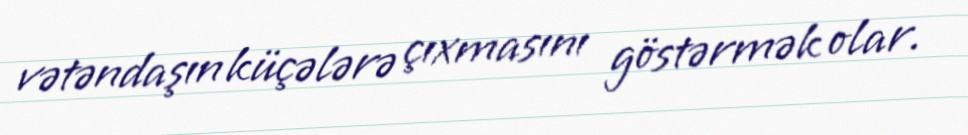
vətəndaşın küçələrə çıxmasını göstərmək olar.